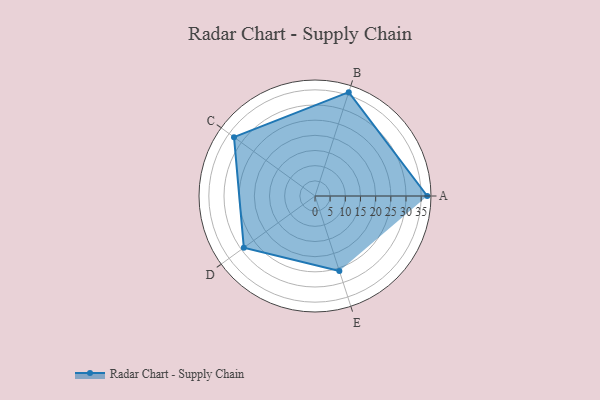
{"axis": {"x": "Skill", "y": "Score"}, "legend": ["Profile"], "data": [{"x": "A", "y": 37.0, "type": "Profile"}, {"x": "B", "y": 36.0, "type": "Profile"}, {"x": "C", "y": 33.0, "type": "Profile"}, {"x": "D", "y": 29.0, "type": "Profile"}, {"x": "E", "y": 26.0, "type": "Profile"}]}